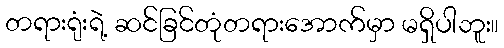
တရားရုံးရဲ့ ဆင်ခြင်တုံတရားအောက်မှာ မရှိပါဘူး။